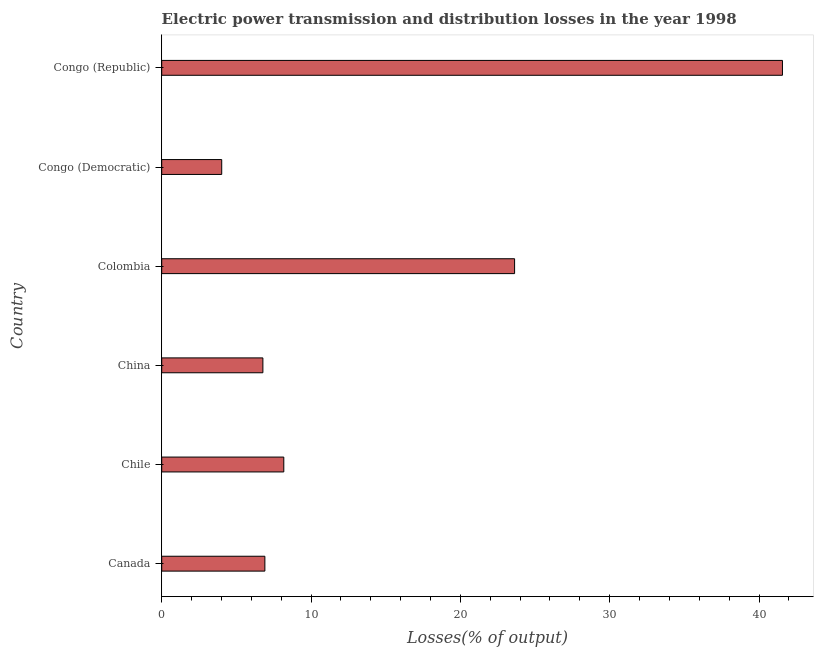
| Country | Electric power transmission and distribution losses |
 | --- | --- |
 | Canada | 6.91 |
 | Chile | 8.18 |
 | China | 6.78 |
 | Colombia | 23.6 |
 | Congo (Democratic) | 4.02 |
 | Congo (Republic) | 41.6 |